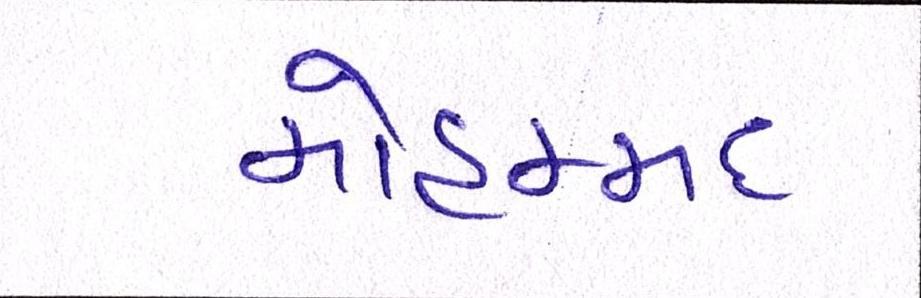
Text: મોહમ્મદ